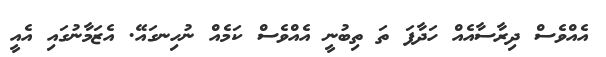
އެއްވެސް ދިރާސާއެއް ހަދާފަ ތަ ތިބުނީ އެއްވެސް ކަމެއް ނުހިނގައޭ. އެޒަމާނުގައި އެއީ